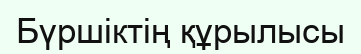
Бүршіктің құрылысы